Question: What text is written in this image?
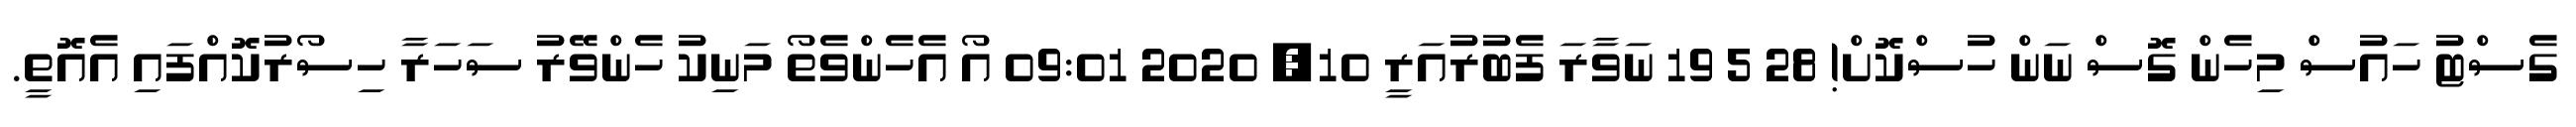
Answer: ގެސްޓު ހައުސް މިހެން ގޮސް ނަން ހުސްކޮށް! 28 5 19 ނަވާރަ ފެބުރުއަރީ 10, 2020 09:01 އޯ އެހެންވެތޯ މަނިކު ހެންވޭރު ސަހަރާ ހިސޯރުކޮއްފައި އެއޮތީ.